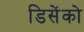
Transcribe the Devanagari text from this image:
डिसेंको